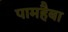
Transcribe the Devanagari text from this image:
पामहैबा